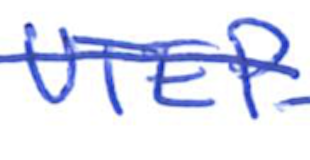
Text: UTEP
Cross-out: single-line
Writing tool: ballpoint